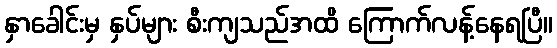
နှာခေါင်းမှ နှပ်များ စီးကျသည်အထိ ကြောက်လန့်နေရပြီ။